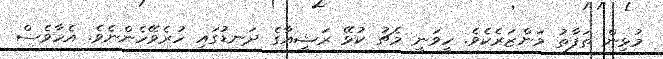
މުޅިން ތަފާތު މަންޒަރެކެވެ. ހީވަނީ މެޗު ކުޅޭ ރަޝީއާގެ ދަނޑުގައި ހުރެވޭހެންނެވެ. އެހާވެސް